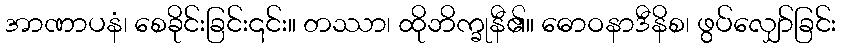
အာဏာပနံ၊ စေခိုင်းခြင်း၎င်း။ တဿာ၊ ထိုဘိက္ခုနီ၏။ ဓောဝနာဒီနိစ၊ ဖွပ်လျှော်ခြင်း